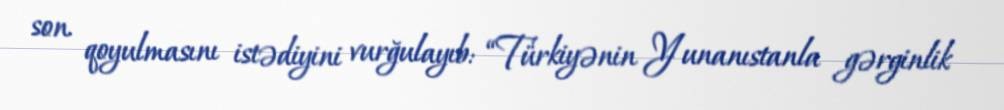
son qoyulmasını istədiyini vurğulayıb: “Türkiyənin Yunanıstanla gərginlik